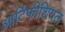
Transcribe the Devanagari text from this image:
आर्टिफीशियल